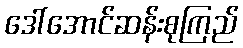
ဒေါ်အောင်ဆန်းစုကြည်